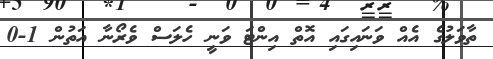
ތާވަލުގެ އެއް ވަނައިގައި އޮތް އިންޓަ ވަނީ ހެލަސް ވެރޯނާ އަތުން 1-0